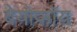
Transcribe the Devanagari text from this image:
बेयोफॉय